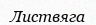
Листвяга